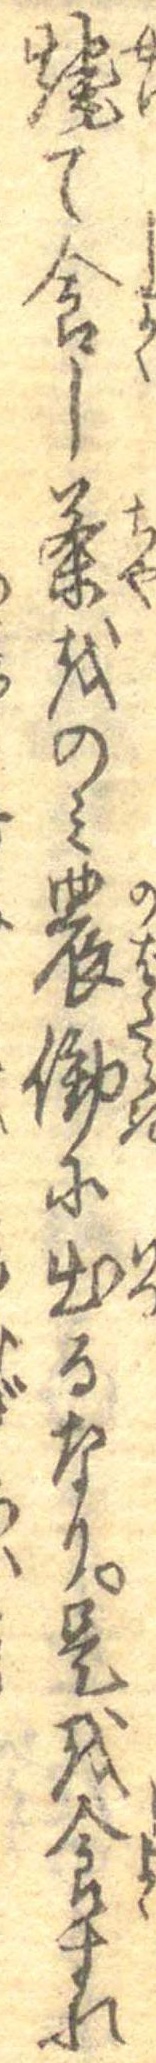
焼て食し茶をのみ農働に出るなり是を食すれ